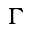
\Gamma